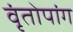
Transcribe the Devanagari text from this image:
वृंतोपांग